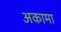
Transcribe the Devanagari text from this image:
अकामा